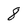
Character: 8